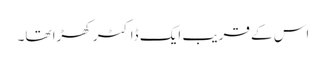
اس کے قریب ایک ڈاکٹر کھڑا تھا۔